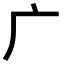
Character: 广